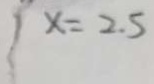
x = 2 . 5